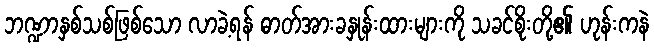
ဘဏ္ဍာနှစ်သစ်ဖြစ်သော လာခဲ့ရန် ဓာတ်အားခနှုန်းထားများကို သခင်စိုးတို့၏ ဟုန်းကနဲ